Civil Veterinary Department Bengal reports 1923-33 - 1923-1933
Year: 1923
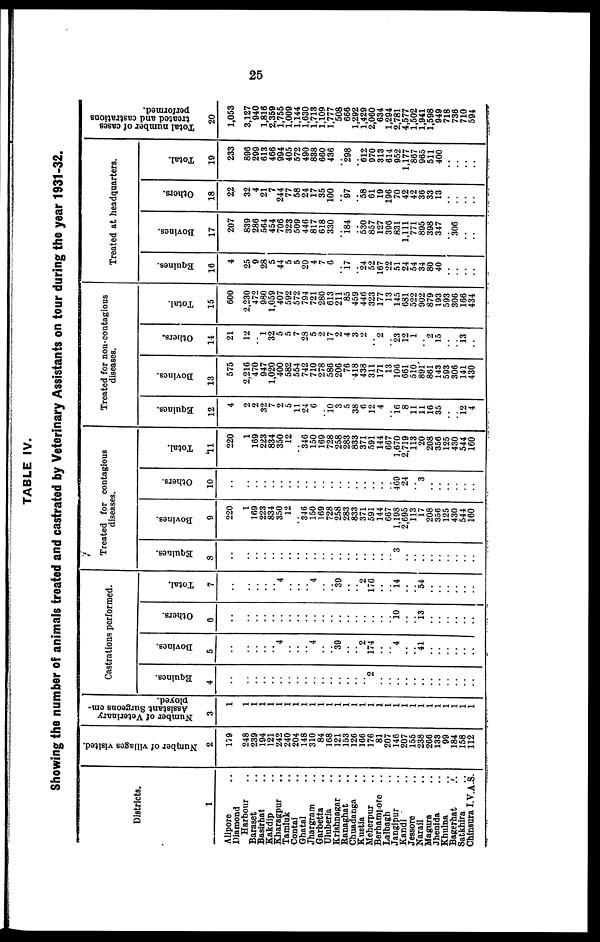
25
TABLE IV.
Showing the number of animals treated and castrated by Veterinary Assistants on tour during the year 1931-32.
Districts.
1
Alipore ..
Diamond
Harbour ..
Baraset ..
Basirhat ..
Kakdip ..
Kharagpur ..
Tamluk ..
Contal ..
Ghatal ..
Jhargram ..
Garbetta ..
Uluberia ..
Krishnagar ..
Ranaghat ..
Chuadanga ..
Kustia ..
Meherpur ..
Berhampore ..
Lalbagh ..
Jangipur ..
Kandi ..
Jessore ..
Narail ..
Magura ..
Jhenida ..
Khulna ..
Bagerhat
..
Satkhira ..
Chinsura I.V.A.S.
Number
of villages visited.
2
179
248
239
194
121
242
240
204
148
310
84
168
121
153
126
166
176
81
207
146
207
155
238
266
133
99
184
158
112
Number of Veterinary
Assistant Surgeons em-
ployed.
3
1
1
1
1
1
1
1 1
1
1
1
1
1
1
1
1
1
1
1
1
1
1
1
1
1
1
1
1
1
Castrations performed.
Equines.
4
..
..
..
..
..
..
.. ..
..
..
..
..
..
..
..
.. 2
..
..
..
..
..
..
..
..
..
..
..
..
Bovines.
5
..
..
..
..
..
.. "
4
..
.. 4
..
.. 39
..
.. 2
174
..
.. 4
..
.. 41
..
..
..
..
..
..
Others.
6
..
..
..
..
..
..
.. ..
..
..
..
..
..
..
..
..
..
..
.. 10
..
.. 13
..
..
..
..
..
..
Total.
7
..
..
..
..
.. 4
..
.. 4
..
.. 39
..
.. 2
170
..
.. 14
..
.. 54
..
..
..
..
.. ..
Treated for contagious
diseases.
Equines.
8
..
..
..
..
..
..
.. ..
..
..
..
..
..
..
..
..
..
..
.. 3
..
..
..
..
..
..
..
..
..
Bovines.
9
220
1
169
223
834
350
12
346
150
169
728
258
283
833
371
591
144
667
1,108
2,695
113
17
208
356
125
430
544
160
Others.
10
..
..
..
..
..
..
.. ..
..
..
..
..
..
..
..
..
..
..
.. 469 24
.. 3
..
..
..
..
..
..
Total.
11
220
1
169
223
834
350
12
.. 346
150
169
728
258
283
833
371
591
144
607
1,670
2,719
113
20
208
356
125
430
544
160
Treated for non-contagious
diseases.
Equines.
12
4
2
2
32
7
2
5
11
24
6
.. 10 3
5
38
6
12
4
.. 16 8
11
11
16
35
..
.. 12 4
Bovines.
13
575
2,216
470
947
1,020
400
582
554
742
710
278
586
206
76
418
438
311
171
13
106
061
510
891
861
143
593
306
141
430
Others.
14
21
12
1
32
5
5
7
23
5
2
17
2
4
3
2
.. 2
.. 23
12
1
2
15
..
.. 13
..
Total.
15
600
2,230
472
980
1,059
407
592
572
794
721
280
613
211
85
459
446
323
177
13
145
681
522
002
879
193
593
306
166
434
Treated at headquarters.
Equines.
16
4
25
9
28
5
44
5
5
20
4
7
6
.. 17
.. 24
52
167
22
51
24
54
34
80
40
..
..
..
..
Bovines.
17
207
S39
286
564
454
706
323
509
446
817
618
330
.. 184
.. 530
857
127
390
831
1,111
771
895
398
347
.. 306
..
..
Others.
18
22
32
4
21
7
244
77
58
24
17
35
100
.. 97
.. 58
61
19
196
70
42
42
36
33
13
..
..
..
..
Total.
19
233
896
299
613
466
994
405
572
490
838
660
436
.. 298
.. 612
970
313
614
952
1,177
867
965
511
400
..
..
..
..
Total number of cases
treated and castrations
performed.
20
1,053
3,127
940
1,816
2,359
1,755
1.009
1,144
1,630
1,713
1,109
1,777
508
666
1,292
1,429
2,060
634
1,294
2,781
4,577
1,502
1,941
1,598
949
718
736
710
594